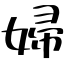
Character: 婦